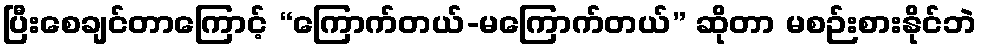
ပြီးစေချင်တာကြောင့် “ကြောက်တယ်-မကြောက်တယ်” ဆိုတာ မစဉ်းစားနိုင်ဘဲ